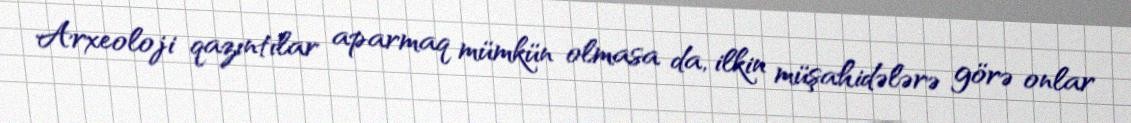
Arxeoloji qazıntılar aparmaq mümkün olmasa da, ilkin müşahidələrə görə onlar